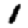
Digit: 1